Report of the veterinary officer investigating camel disease
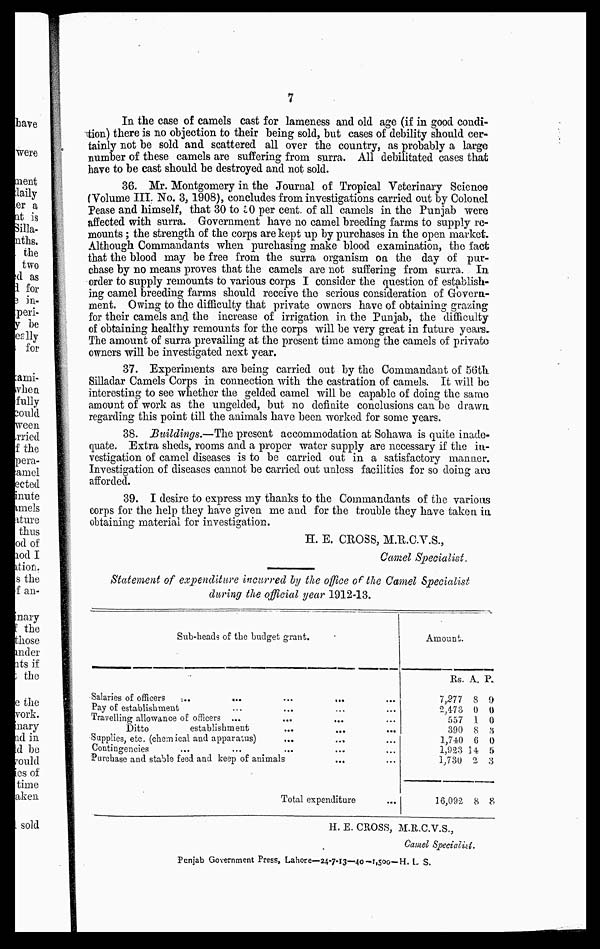
7
In the case of camels cast for lameness and old age (if in good condi-
tion) there is no objection to their being sold, but cases of debility should cer-
tainly not be sold and scattered all over the country, as probably a large
number of these camels are suffering from surra. All debilitated cases that
have to be cast should be destroyed and not sold.
36. Mr. Montgomery in the Journal of Tropical Veterinary Science
(Volume III. No. 3,1908), concludes from investigations carried out by Colonel
Pease and himself, that 30 to 50 per cent of all camels in the Punjab were
affected with surra. Government have no camel breeding farms to supply re-
mounts ; the strength of the corps are kept up by purchases in the open market.
Although Commandants when purchasing make blood examination, the fact
that the blood may be free from the surra organism on the day of pur-
chase by no means proves that the camels are not suffering from surra. In
order to supply remounts to various corps I consider the question of establish-
ing camel breeding farms should receive the serious consideration of Govern-
ment. Owing to the difficulty that private owners have of obtaining grazing
for their camels and the increase of irrigation in the Punjab, the difficulty
of obtaining healthy remounts for the corps will be very great in future years.
The amount of surra prevailing at the present time among the camels of private
owners will be investigated next year.
37. Experiments are being carried out by the Commandant of 56th
Silladar Camels Corps in connection with the castration of camels. It will be
interesting to see whether the gelded camel will be capable of doing the same
amount of work as the ungelded, but no definite conclusions can be drawn
regarding this point till the animals have been worked for some years.
38. Buildings.—The present accommodation at Sohawa is quite inade-
quate. Extra sheds, rooms and a proper water supply are necessary if the in-
vestigation of camel diseases is to be carried out in a satisfactory manner.
Investigation of diseases cannot be carried out unless facilities for so doing are
afforded.
39. I desire to express my thanks to the Commandants of the various
corps for the help they have given me and for the trouble they have taken in
obtaining material for investigation.
H. E. CROSS, M.R.C.V.S.,
Camel Specialist.
Statement of expenditure incurred by the office of the Camel Specialist
during the official year 1912-13.
Sub-heads of the budget grant.
Salaries of officers
...
...
...
...
Pay of establishment
Travelling allowance of officers ... ... ...
Ditto establishment
Supplies, etc. (chemical and apparatus)
Contingencies Purchase and stable feed and keep of animals ...
Total expenditure
Amount.
Rs.
7,577
2,478
557
390
1,740
1,923
1,730
16,092
A.
8
0
1
8
6
14
2
8
P
9
0
0
3
0
5
3
8
H. E. CROSS, M.R.C.V.S.,
Camel Specialni.
Punjab Government Press, Lahore—24-7-I3—40—1,500—H. I. S.